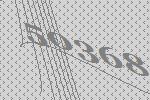
50368